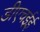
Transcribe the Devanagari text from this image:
डीएचईई